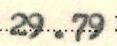
29.79